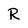
Character: R